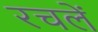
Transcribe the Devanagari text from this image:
रचलें